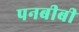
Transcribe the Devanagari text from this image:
पनबीबी